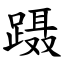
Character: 蹑